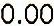
0.00